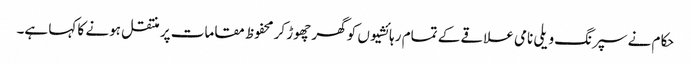
حکام نے سپرنگ ویلی نامی علاقے کے تمام رہائشیوں کو گھر چھوڑ کر محفوظ مقامات پر منتقل ہونے کا کہا ہے۔